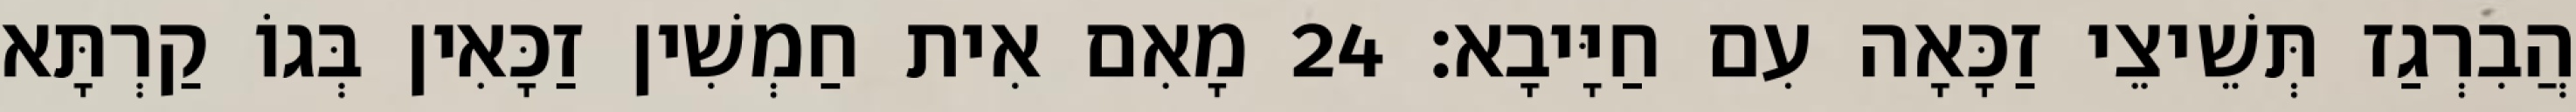
הֲבִרְגַז תְּשֵׁיצֵי זַכָּאָה עִם חַיָּיבָא׃ 24 מָאִם אִית חַמְשִׁין זַכָּאִין בְּגוֹ קַרְתָּא